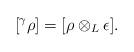
LaTeX: \begin{align*}[^{\gamma} \rho] = [\rho \otimes_L \epsilon].\end{align*}